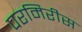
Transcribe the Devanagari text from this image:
परमिरीस